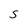
Character: 5